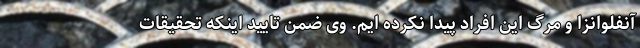
آنفلوانزا و مرگ این افراد پیدا نکرده ایم. وی ضمن تایید اینکه تحقیقات